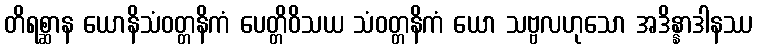
တိရစ္ဆာန ယောနိသံဝတ္တနိကံ ပေတ္တိဝိသယ သံဝတ္တနိကံ ယော သဗ္ဗလဟုသော အဒိန္နာဒါနဿ